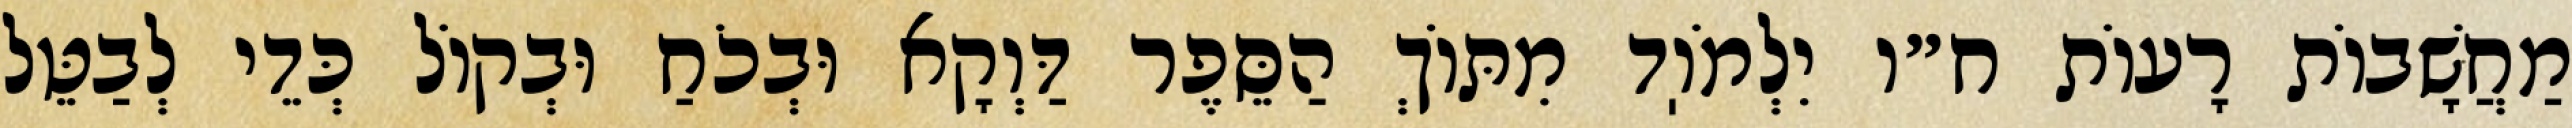
מַחֲשָׁבוֹת רָעוֹת ח״ו יִלְמֹוֽד מִתּוֹךְ הַסֵּפֶר דַּוְקָא וּבְכֹחַ וּבְקוֹל כְּדֵי לְבַטֵּל